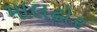
માલઢોર